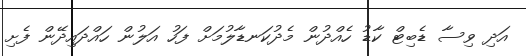
އަދި ވިސާ ޑެބިޓް ކާޑު ހެއްދުން މެދުކަނޑާލުމަށް ފަހު އަލުން ހައްދައިދޭން ފެށި